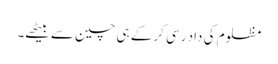
مظلوم کی داد رسی کر کے ہی چین سے بیٹھے۔